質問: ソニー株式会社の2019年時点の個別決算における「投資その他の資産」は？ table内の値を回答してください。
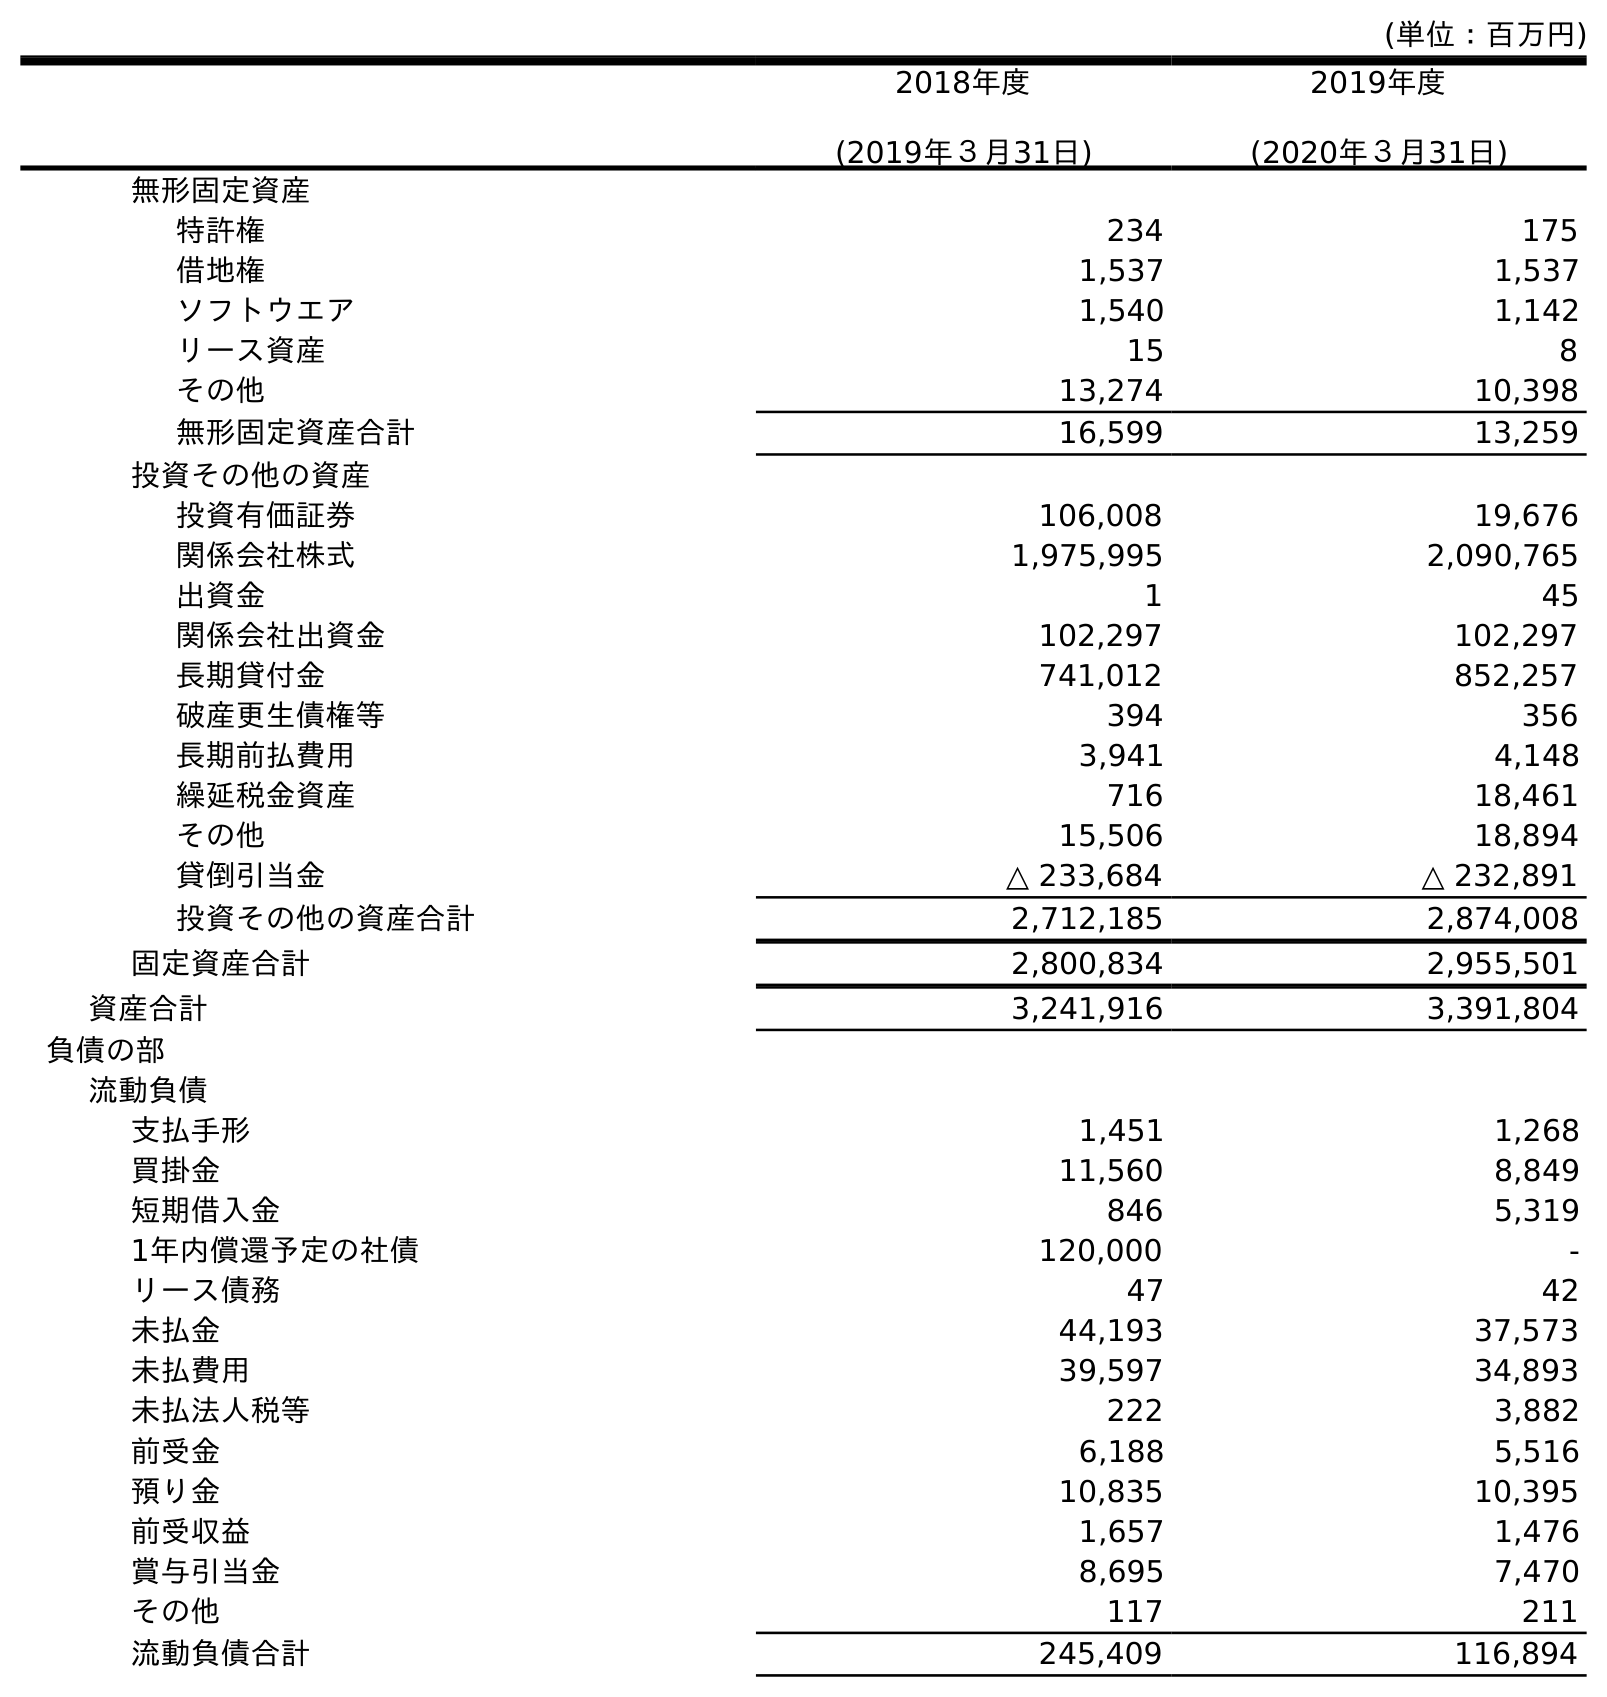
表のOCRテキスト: (単位：百万円) 2018年度 (2019年３月31日) 2019年度 (2020年３月31日) 無形固定資産 特許権 234 175 借地権 1,537 1,537 ソフトウエア 1,540 1,142 リース資産 15 8 その他 13,274 10,398 無形固定資産合計 16,599 13,259 投資その他の資産 投資有価証券 106,008 19,676 関係会社株式 1,975,995 2,090,765 出資金 1 45 関係会社出資金 102,297 102,297 長期貸付金 741,012 852,257 破産更生債権等 394 356 長期前払費用 3,941 4,148 繰延税金資産 716 18,461 その他 15,506 18,894 貸倒引当金 △ 233,684 △ 232,891 投資その他の資産合計 2,712,185 2,874,008 固定資産合計 2,800,834 2,955,501 資産合計 3,241,916 3,391,804 負債の部 流動負債 支払手形 1,451 1,268 買掛金 11,560 8,849 短期借入金 846 5,319 1年内償還予定の社債 120,000 - リース債務 47 42 未払金 44,193 37,573 未払費用 39,597 34,893 未払法人税等 222 3,882 前受金 6,188 5,516 預り金 10,835 10,395 前受収益 1,657 1,476 賞与引当金 8,695 7,470 その他 117 211 流動負債合計 245,409 116,894
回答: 2,712,185